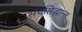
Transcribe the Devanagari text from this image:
संचसिद्धान्त